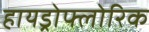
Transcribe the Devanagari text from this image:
हायड्रोफ्लोरिक